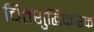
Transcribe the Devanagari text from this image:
चित्तशुद्धिकारक